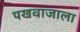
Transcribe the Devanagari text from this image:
पखवाजाला